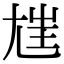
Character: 𡯪